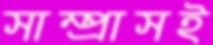
সাম্প্রাসই